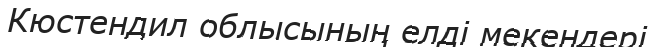
Кюстендил облысының елді мекендері